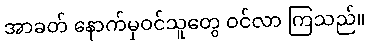
အာခတ် နောက်မှဝင်သူတွေ ဝင်လာ ကြသည်။